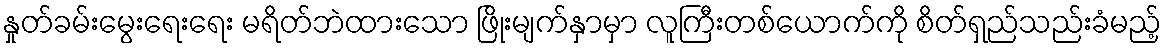
နှုတ်ခမ်းမွေးရေးရေး မရိတ်ဘဲထားသော ဖြိုးမျက်နှာမှာ လူကြီးတစ်ယောက်ကို စိတ်ရှည်သည်းခံမည့်